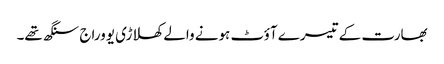
بھارت کے تیسرے آؤٹ ہونے والے کھلاڑی یووراج سنگھ تھے۔